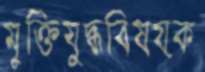
মুক্তিযুদ্ধবিষয়ক